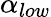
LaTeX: \alpha_{low}